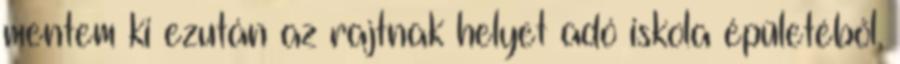
mentem ki ezután az rajtnak helyet adó iskola épületéből,